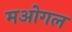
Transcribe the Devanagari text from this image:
मओगल